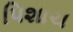
પિશાચ